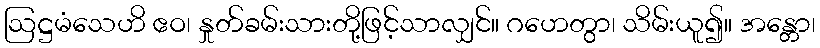
ဩဋ္ဌမံသေဟိ ဧဝ၊ နှုတ်ခမ်းသားတို့ဖြင့်သာလျှင်။ ဂဟေတွာ၊ သိမ်းယူ၍။ အန္တော၊